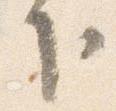
下